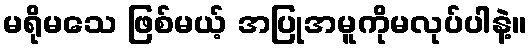
မရိုမသေ ဖြစ်မယ့် အပြုအမူကိုမလုပ်ပါနဲ့။